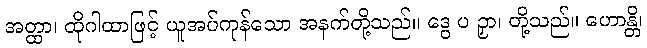
အတ္ထာ၊ ထိုဂါထာဖြင့် ယူအပ်ကုန်သော အနက်တို့သည်။ ဒွေ ပ ဉှာ၊ တို့သည်။ ဟောန္တိ၊